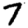
Digit: 7